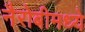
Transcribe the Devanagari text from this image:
नैरोबीमध्ये